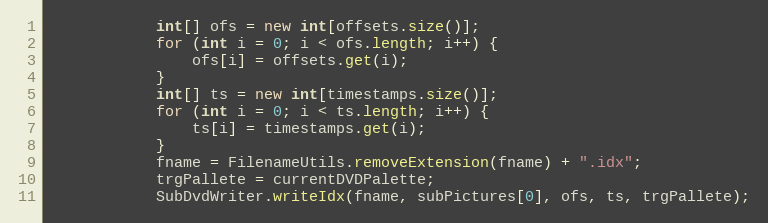
Language: Java
			int[] ofs = new int[offsets.size()];
			for (int i = 0; i < ofs.length; i++) {
				ofs[i] = offsets.get(i);
			}
			int[] ts = new int[timestamps.size()];
			for (int i = 0; i < ts.length; i++) {
				ts[i] = timestamps.get(i);
			}
			fname = FilenameUtils.removeExtension(fname) + ".idx";
			trgPallete = currentDVDPalette;
			SubDvdWriter.writeIdx(fname, subPictures[0], ofs, ts, trgPallete);